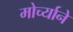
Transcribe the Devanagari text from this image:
मोर्च्याने